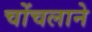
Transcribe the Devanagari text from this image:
चोंचलाने